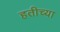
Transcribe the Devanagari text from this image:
हतीच्या